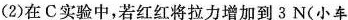
（2）在C实验中，若红红将拉力增加到3N（小车